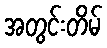
အတွင်းတိမ်